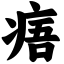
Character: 痦